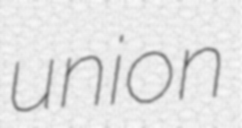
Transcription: union